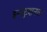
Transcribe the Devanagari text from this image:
इन्स्ट्रक्षनल